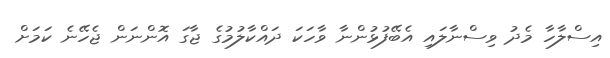
އިސްލާހާ މެދު ވިސްނާލައި އެބޭފުޅުންނާ ވާހަކަ ދައްކާލުމުގެ ޖާގަ އޮންނަން ޖެހޭނެ ކަމަށް